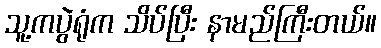
သူ့ကပွဲရုံက သိပ်ပြီး နာမည်ကြီးတယ်။